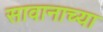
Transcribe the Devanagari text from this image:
सावानाच्या